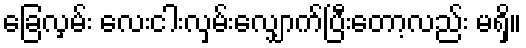
ခြေလှမ်း လေးငါးလှမ်းလျှောက်ပြီးတော့လည်း မရှိ။